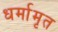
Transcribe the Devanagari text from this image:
धर्मामृत